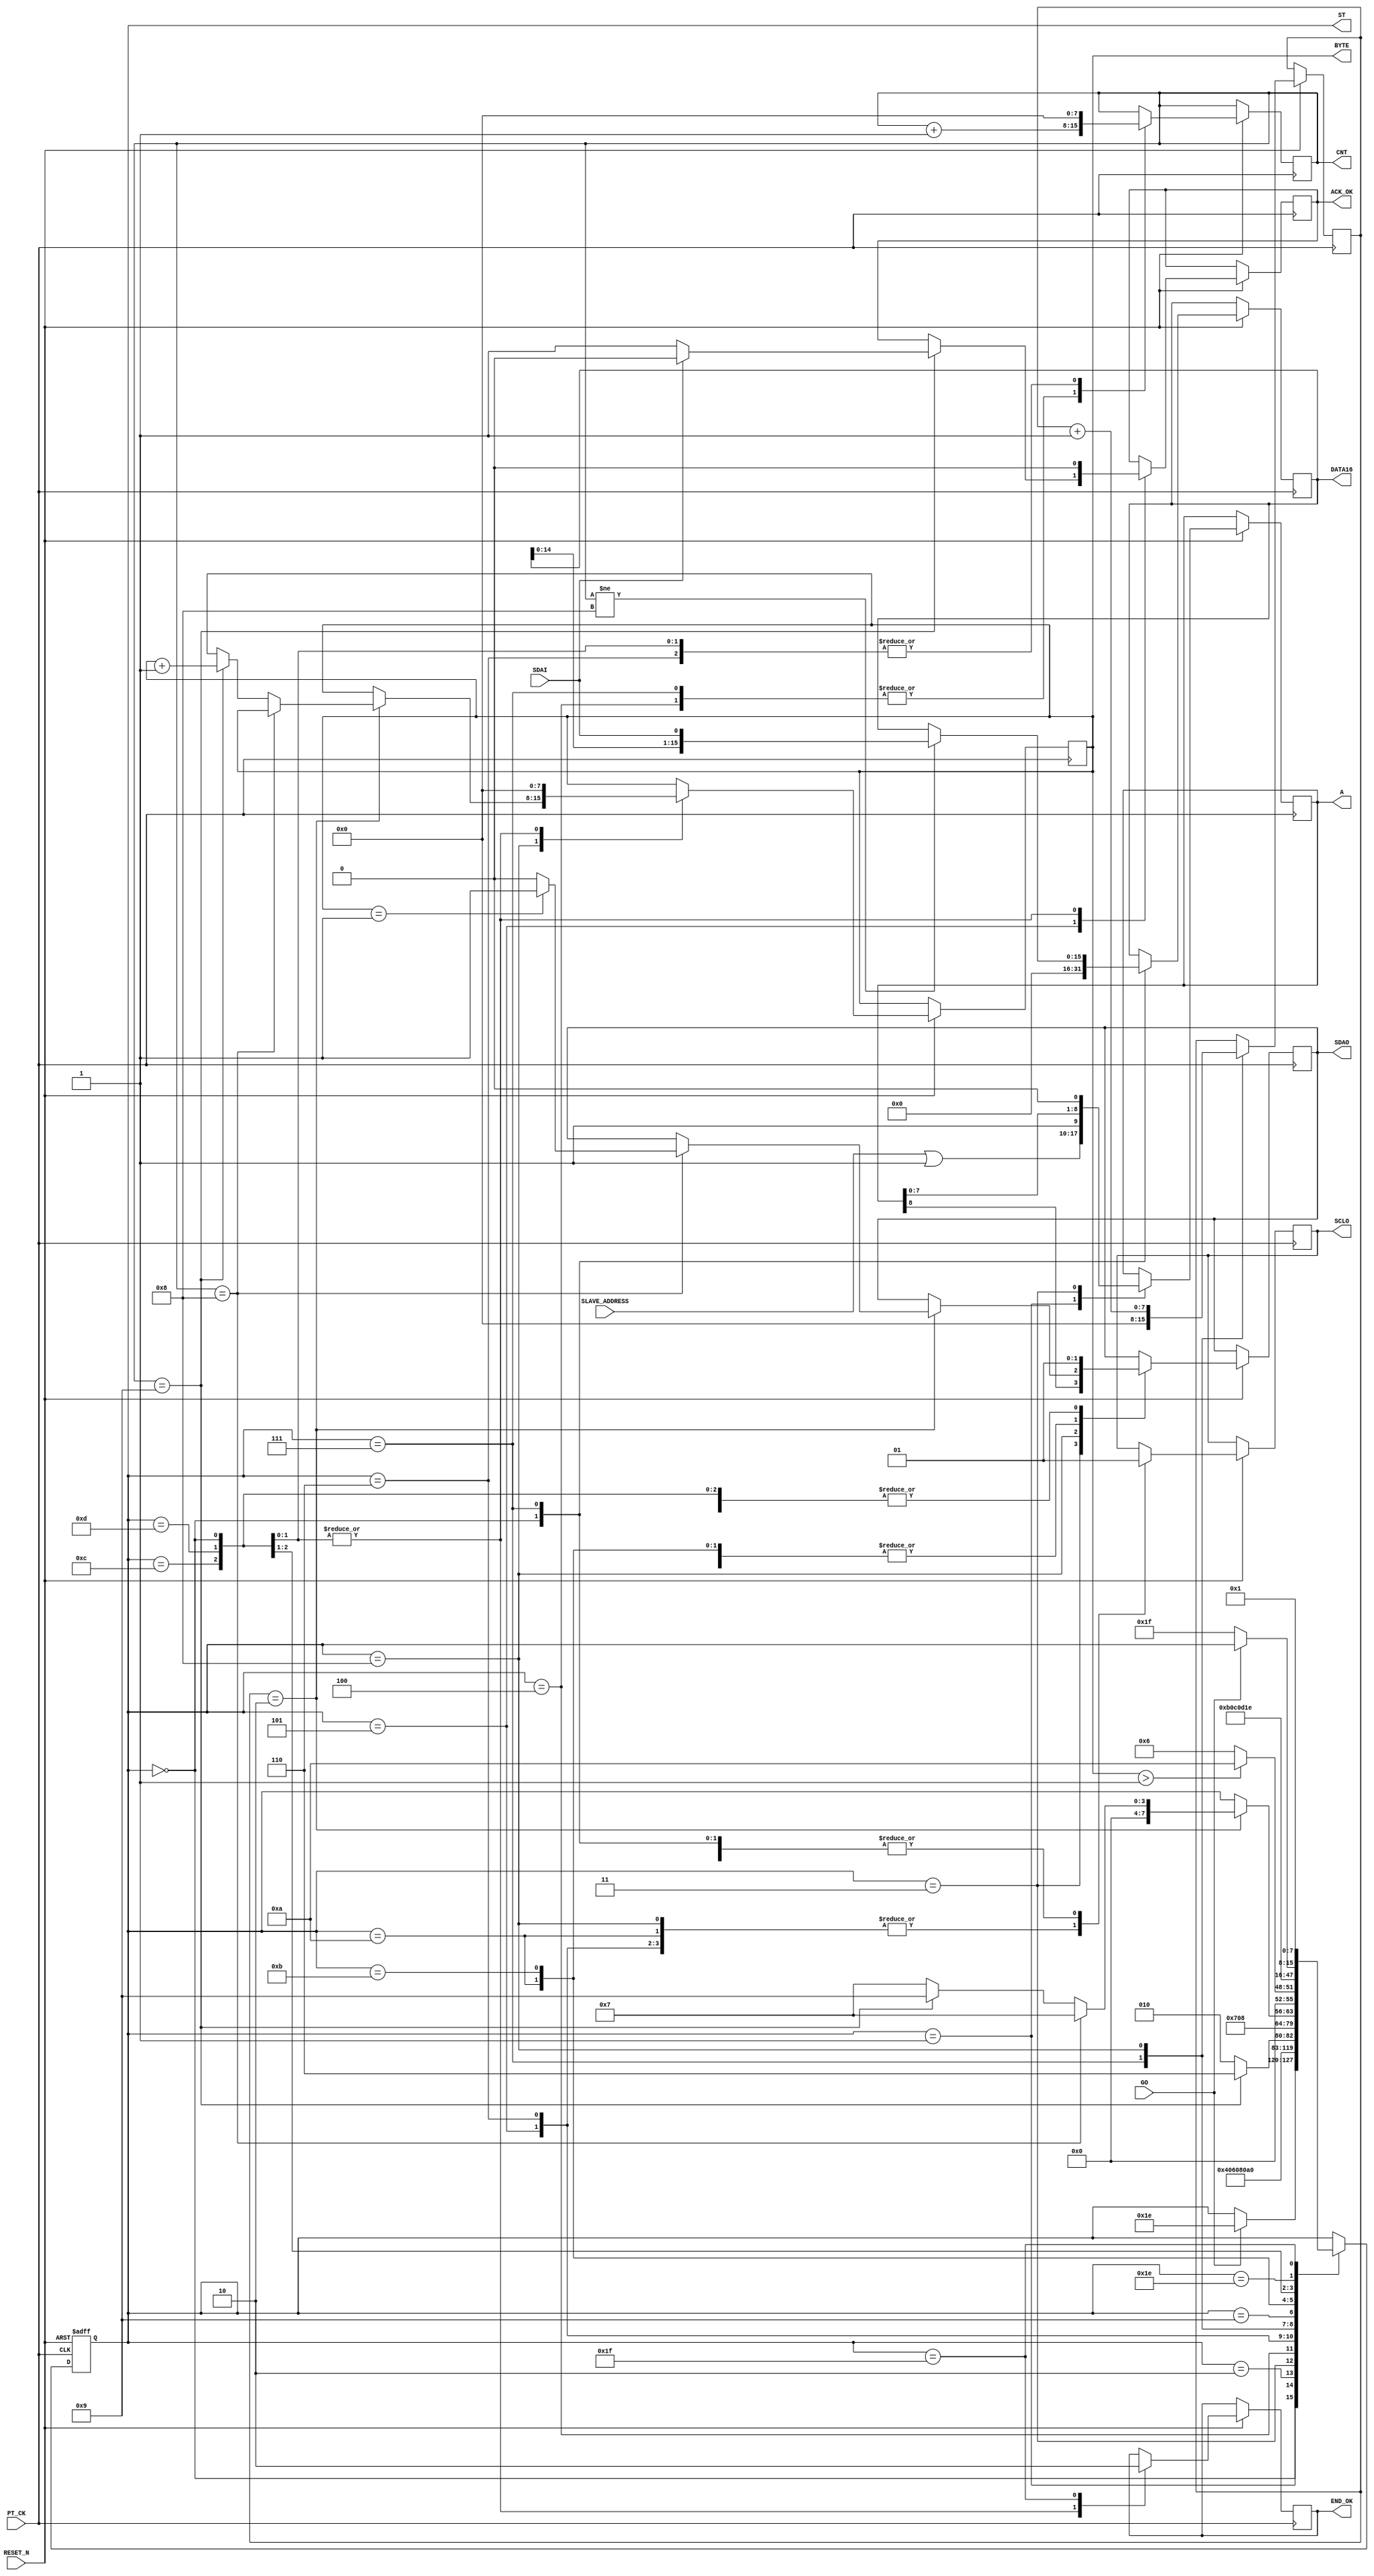
module I2C_READ (
   input  RESET_N ,
	input       PT_CK,
	input       [7:0]SLAVE_ADDRESS ,
	input       GO,
	input       SDAI,
	output reg  SDAO,
	output reg  SCLO,
	output reg  END_OK , 
	output reg  [15:0]DATA16 , 
	//for TEST
	output reg [7:0] ST ,
	output reg       ACK_OK,
	output reg  [7:0]CNT,
	output reg  [8:0]A ,
	output reg  [7:0]BYTE
);


wire   [7:0]END_BYTE ;
assign END_BYTE = 1 ;
reg [7:0] DELY ;
always @( negedge RESET_N or posedge  PT_CK )
begin
if (!RESET_N  ) ST <=0;
else 
	  case (ST)
	    0: begin  //start 		      
		      SDAO   <=1; 
	         SCLO   <=1;
	         ACK_OK <=0;
	         CNT    <=0;
	         END_OK <=1;
	         BYTE   <=0;
				DATA16 <=0;
	         if (GO) ST  <=30 ;
		    end		  
	  //---READ COMMAND---
	    1: begin  //start 
		      ST <=2 ; 
			   { SDAO,  SCLO } <= 2'b01; 
				A <= {SLAVE_ADDRESS | 1  ,1'b1 };  //READ COMMAND 
		    end
	    2: begin  //start 
		      ST <=3 ; 
			   { SDAO,  SCLO } <= 2'b00; 
		    end
			 
	    3: begin  //start 
		      ST <=4 ; 
			   { SDAO, A } <= { A ,1'b0 }; 
		    end
	    4: begin  //start 
		      ST <=5 ; 
			   SCLO <= 1'b1 ; 
				CNT <= CNT +1 ;
		    end
			 
	    5: begin  //start 
			   SCLO <= 1'b0 ; 
			   if (CNT ==9) begin
				    ST <= 6 ; 
					 if ( !SDAI ) ACK_OK <=1 ; 
					 else ACK_OK <=0 ; 
				 end
				 else ST <= 2;
		    end
       //--READ DATA
	    6: begin  //start 
		      ST <=7 ; 
			   {SDAO , SCLO} <= 2'b10; 
				CNT <=0 ;
		    end
	    7: begin  //start 
		      ST <=8 ;  DELY <=0;
			   SCLO <= 1'b1 ; 
				if (CNT!=8) DATA16[15:0]  <= { DATA16[14:0], SDAI };
				CNT <= CNT +1 ;
		    end
			 
	    8: begin  //start 
		    DELY <=DELY+1 ;
			 SCLO <= 1'b0 ; 
			 if (DELY ==2)  begin 
			    
			    if (CNT ==8) begin
				     ST <= 7;
					   if ( BYTE  == END_BYTE   )  SDAO <= 1'b1 ; 
					   else  SDAO <= 1'b0 ;
				 end
			    else if (CNT == 9)  
				      begin 
						   BYTE <= BYTE +1 ;   
							ST <= 9; 
						end
				 else ST <= 7;
			 end	 
		    end
	    9: begin          //stop
		     if  ( BYTE > END_BYTE ) ST <=10 ; 
			   else ST <=6 ; 			   
         end
	    10: begin          //stop
		      ST <=11 ; 
			   { SDAO,  SCLO } <= 2'b00; 
         end
	    11: begin          //stop
		      ST <=12 ; 
			   { SDAO,  SCLO } <= 2'b01; 
         end
	    12: begin          //stop
		      ST <=13 ; 
			   { SDAO,  SCLO } <= 2'b11; 
         end	
			                //stop
		 13:	 
			  begin
		      ST     <= 30; 
				END_OK <= 1;
		      SDAO   <=1; 
	         SCLO   <=1;
	         ACK_OK <=0;
	         CNT    <=0;
	         BYTE <=0;
		     end

		//--- END ---
		30: begin
            if (!GO) ST  <=31;
          end
 		31: begin 
		    ST  <=1; END_OK<=0;
          end		 			  	  
	  endcase 
  end
endmodule